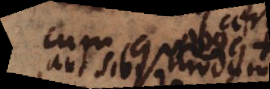
cum quo